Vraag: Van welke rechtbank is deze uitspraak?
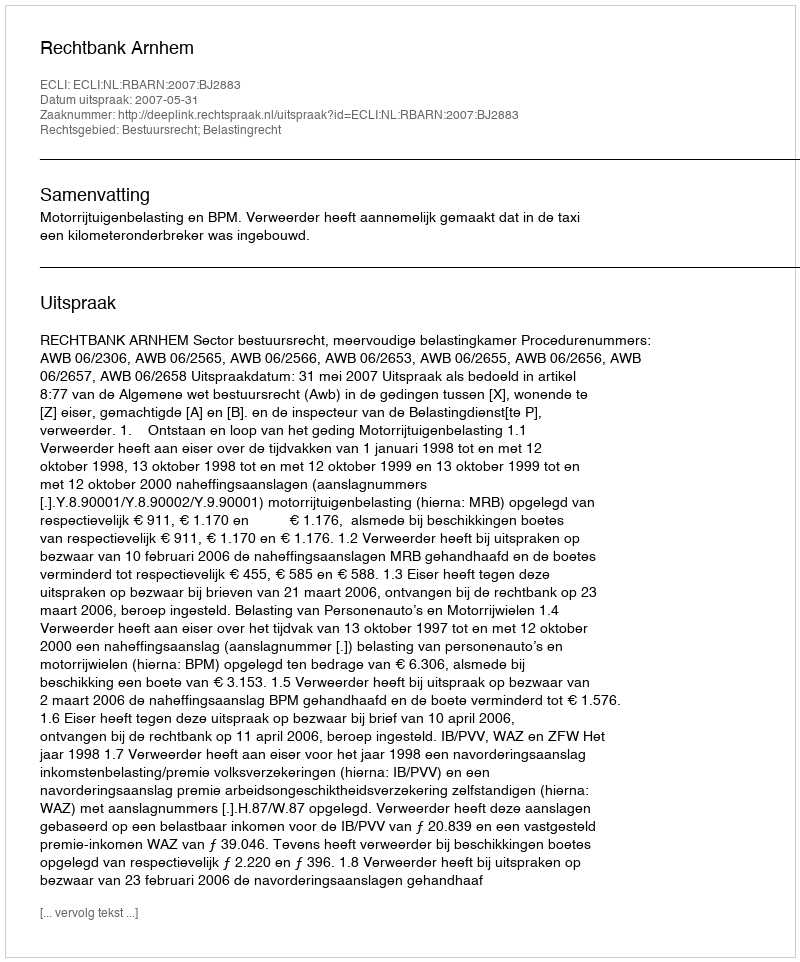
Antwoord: Rechtbank Arnhem